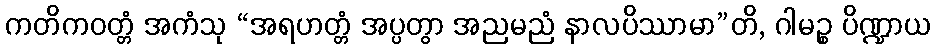
ကတိကဝတ္တံ အကံသု “အရဟတ္တံ အပ္ပတွာ အညမညံ နာလပိဿာမာ”တိ, ဂါမဉ္စ ပိဏ္ဍာယ